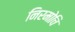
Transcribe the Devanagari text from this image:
निरमोचि